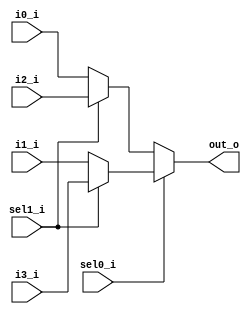
`timescale 1ns / 1ps
//////////////////////////////////////////////////////////////////////////////////
// Company: 
// Engineer: 
// 
// Design Name: 
// Module Name: mux_4_1_assign
// Project Name: 
// Target Devices: 
// Tool Versions: 
// Description: 
// 
// Dependencies: 
// 
// Revision:
// Revision 0.01 - File Created
// Additional Comments:
// 
//////////////////////////////////////////////////////////////////////////////////


module mux_4_1_assign
(
input i0_i,
input i1_i,
input i2_i,
input i3_i,
input sel0_i,
input sel1_i,
output out_o
);

assign out_o =  (sel0_i == 1'b0) ? 
                (sel1_i == 1'b0) ? i0_i : i2_i :
                (sel1_i == 1'b0) ? i1_i : i3_i;


endmodule